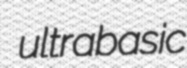
ultrabasic